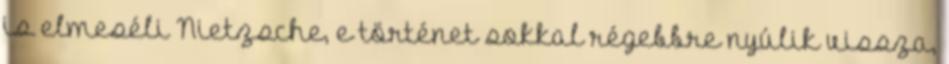
is elmeséli Nietzsche, e történet sokkal régebbre nyúlik vissza,